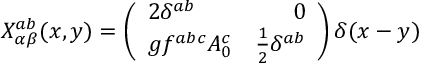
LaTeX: X _ { \alpha \beta } ^ { a b } ( x , y ) = \left( \begin{array} { l r } { { 2 \delta ^ { a b } } } & { { 0 \nonumber } } \\ { { g f ^ { a b c } A _ { 0 } ^ { c } } } & { { \frac { 1 } { 2 } \delta ^ { a b } \nonumber } } \end{array} \right) \delta ( x - y )